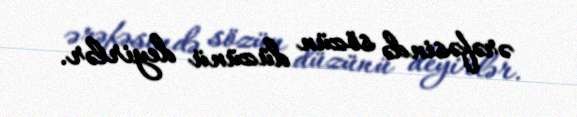
ərəfəsində sözün düzünü deyirlər.